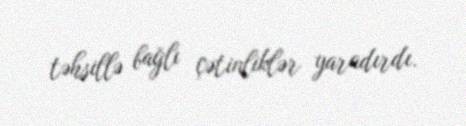
təhsillə bağlı çətinliklər yaradırdı.